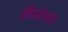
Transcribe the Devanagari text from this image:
शिंडोलचा